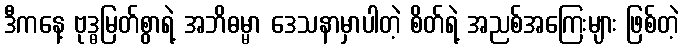
ဒီကနေ့ ဗုဒ္ဓမြတ်စွာရဲ့ အဘိဓမ္မာ ဒေသနာမှာပါတဲ့ စိတ်ရဲ့ အညစ်အကြေးများ ဖြစ်တဲ့